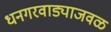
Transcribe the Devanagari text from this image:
धनगरवाड्याजवळ